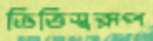
ভিত্তিস্বরূপ